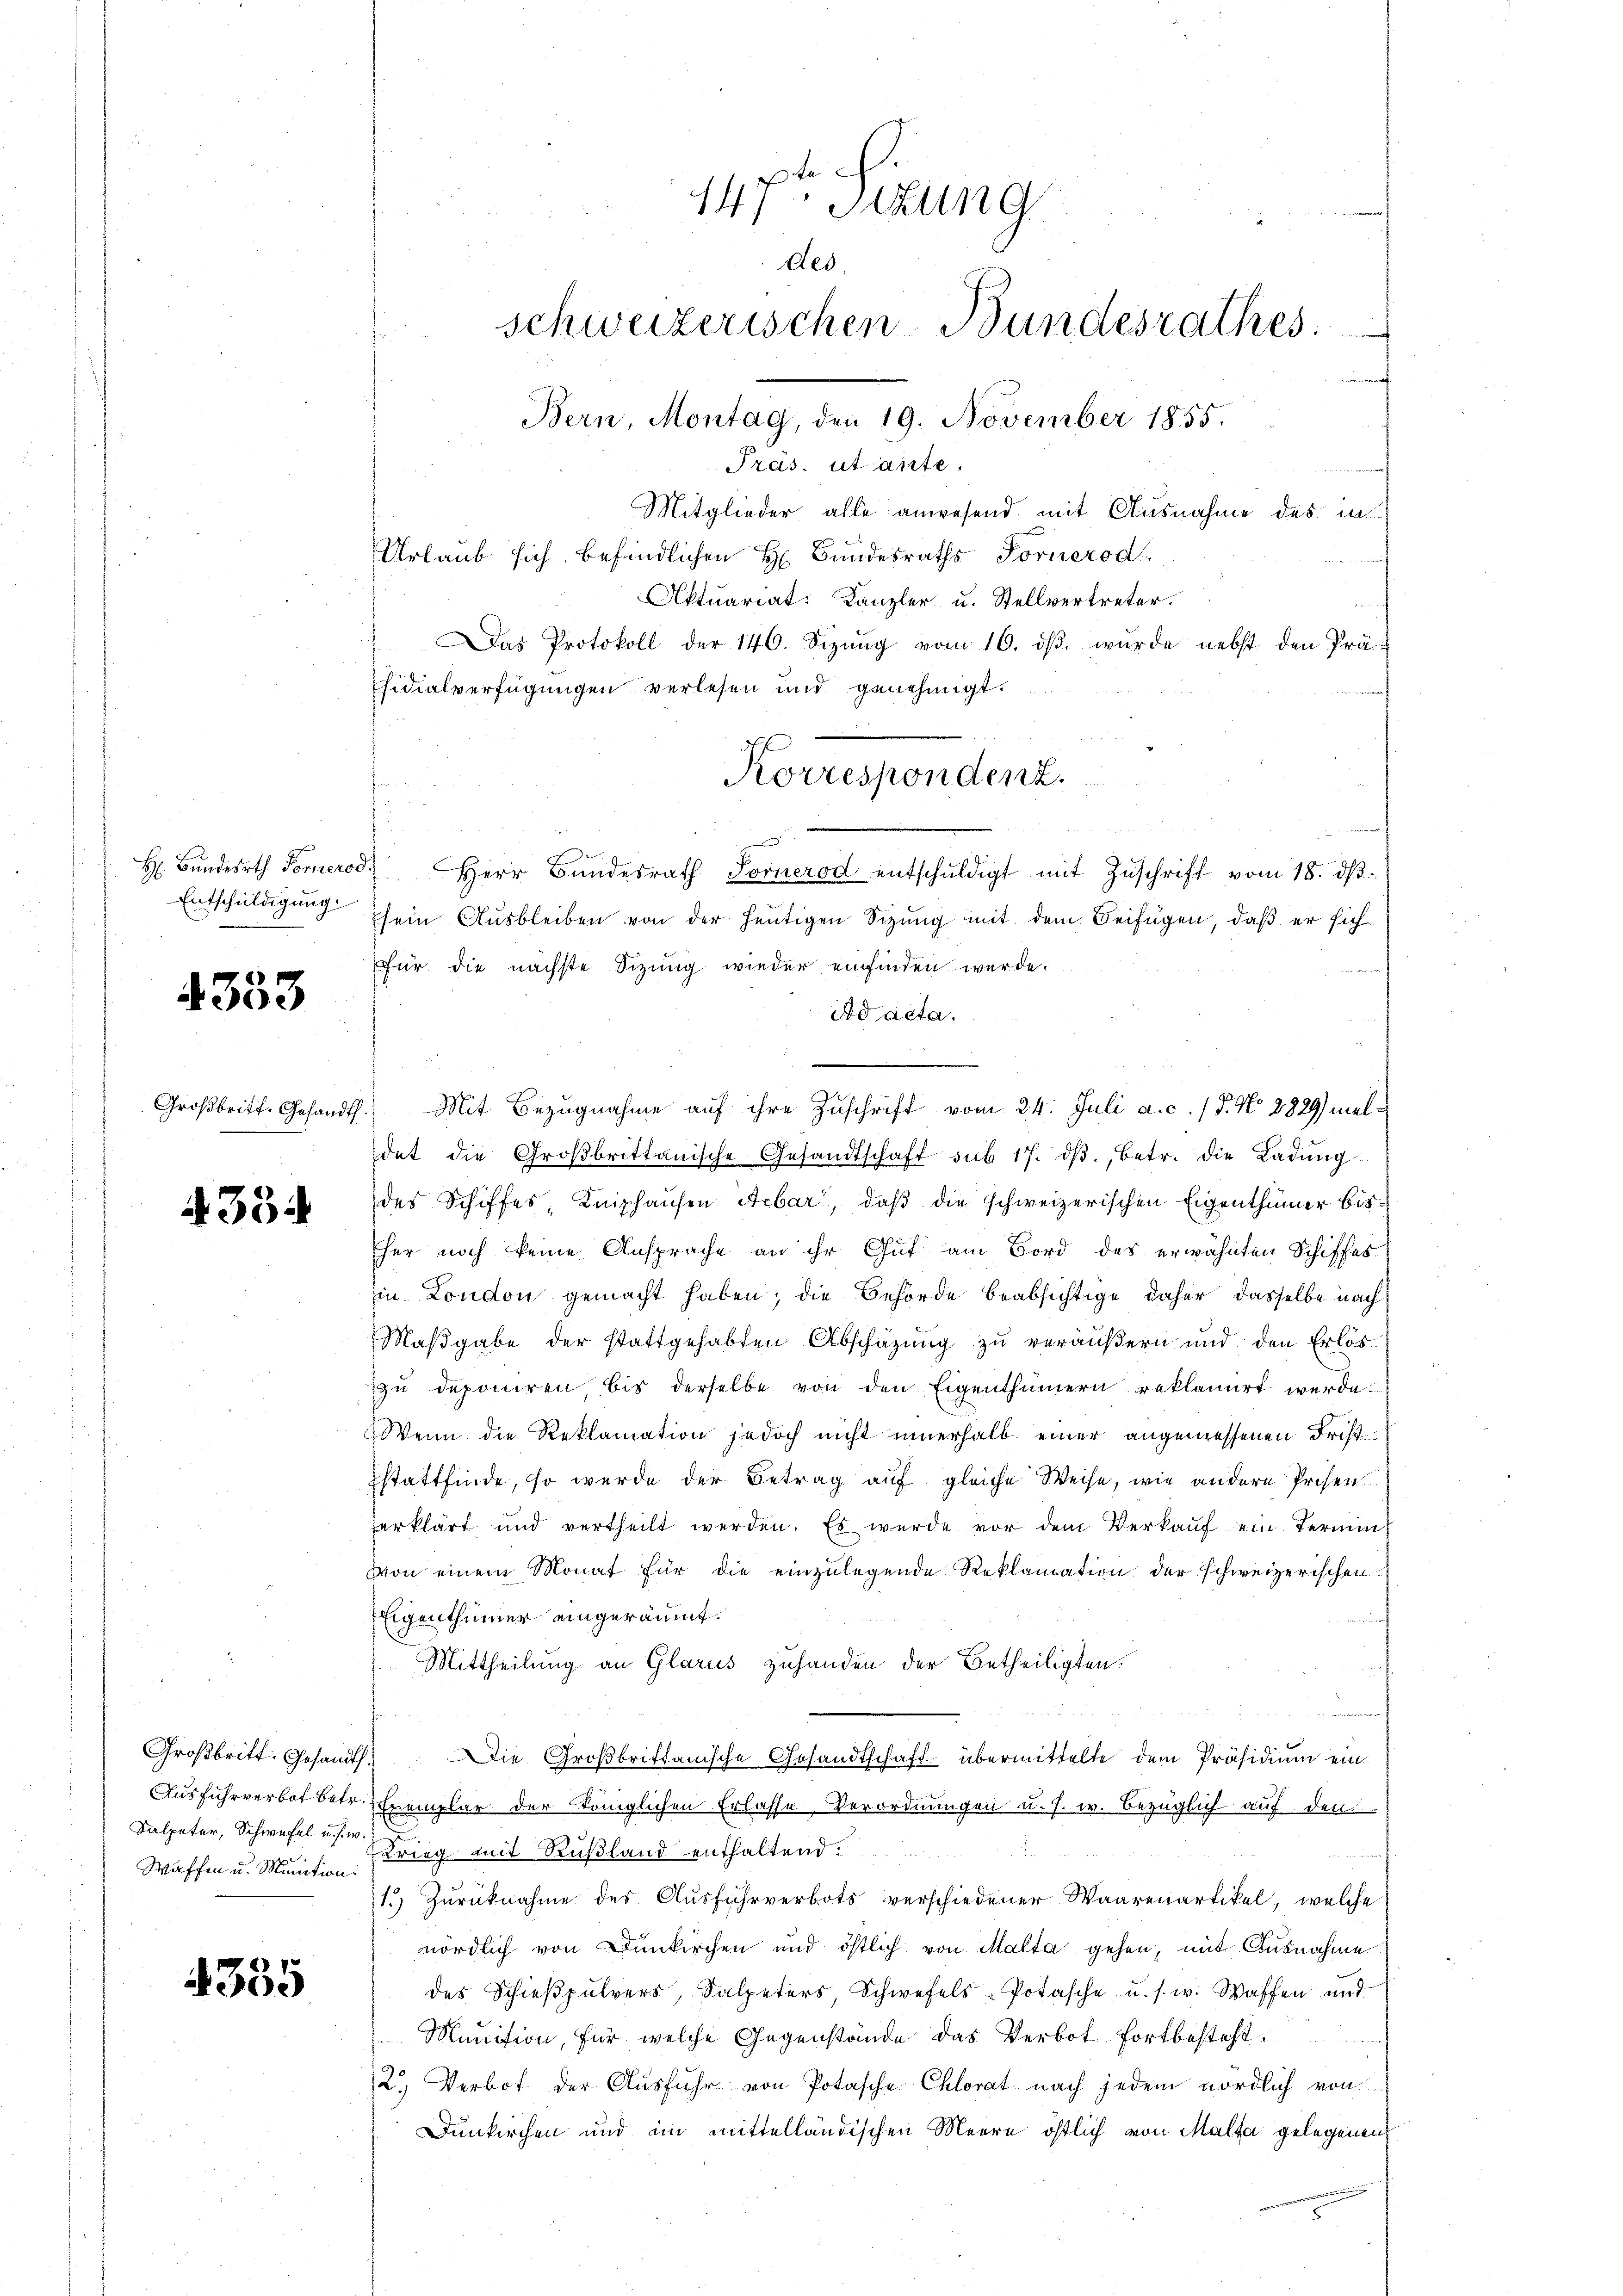
H: Bundesrth. Fornerod
Entschuldigung

4353

Großbritt. Gesandt

435

Großbritt: Gesandts
Ausfuhrverbot betr.
Salpeter, Schwefel u. s. w.
Waffen u. Munition:

335

147ten Sizung
des.
schweizerischen Bundesrathes.
e
Bern, Montag, den 19. November 1855.
Präs. utante.
Mitglieder alle anwesend mit Ausnahme des in
Urlaub sich befindlichen H. Bundesraths Fornerod

Aktuariat: Kanzler u. Stellvertreter.
Das Protokoll der 146. Sizŭng vom 10. dβ. wurde nebst den Präsidialverfügungen verlesen und genehmigt.
Korrespondenz.

Herr Bundesrath Fornerod entschŭldigt mit Zŭschrift vom 18. dβ.
sein Ausbleiben von der heutigen Sizung mit dem Beifügen, daß er sich
für die nächste Sizung wieder einfinden werde.
Ad acta.
e
Mit Bezugnahme auf ihre Zuschrift vom 24. Juli a. c. (T. No 8829) meldet die Groβbrittanische Gesandtschaft sub. 17. dβ., betr. die Ladung
des Schiffes, Kniphausen Aebar, daß die schweizerischen Eigenthümer bisher noch keine Ansprache an ihr Gut am Bord des erwähnten Schiffes
in London gemacht haben; die Behörde beabsichtige daher, dasselbe nach
Maßgabe der stattgehabten Abschäzung zu veräußern und den Erlös
zŭ deponiren bis derselbe von den Eigenthümern reklamirt werde.
Wenn die Reklamation jedoch nicht innerhalb einer angemessenen Friststattfinde, so wurde der Betrag auf gleiche Weise, wie andere Prisen
erklärt und vertheilt werden. Es wurde vor dem Verkauf ein Termin¬
Von einem Monat für die einzulegende Reklamation der schweizerischen
Eigenthümer eingeräumt.
Mittheilung an Glarus zuhanden der Betheiligten.
 Die Großbrittanische Gesandtschaft übermittelte dem Präsidium ein
Exemplar der Königlichen Erlasse, Verordnungen u. s. w. bezüglich auf den
Krieg mit Rußland enthaltend.
1.) Zurücknahme des Ausfuhrverbots verschiedener Waarenartikel, welche
nördlich von Dünkirchen und östlich von Malta gehen, mit Ausnahme
des Schießpulvers, Salpeters, Schwefels-Potasche u. s. w. Waffen und
Munition, für welche Gegenstände das Verbot fortbesteht.
2.) Verbot der Ausfuhr von Potasche Chlorat nach jedem nördlich von
Dunkirchen und im mittelländischen Meere östlich von Malta gelegenen